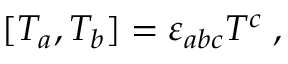
[ T _ { a } , T _ { b } ] = \varepsilon _ { a b c } T ^ { c } \; ,